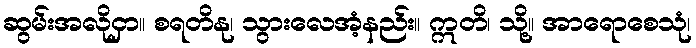
ဆွမ်းအလိုငှာ။ စရတိနု၊ သွားလေအံ့နည်း။ ဣတိ၊ သို့။ အာရောစေသုံ၊